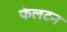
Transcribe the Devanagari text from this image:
फेलटन